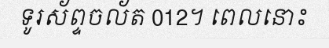
ទូរស័ព្ទចល័ត 012។ ពេលនោះ